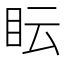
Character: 眃